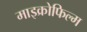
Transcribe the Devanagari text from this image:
माइक्रोफिल्‍म